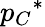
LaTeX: {p_{C}}^{*}